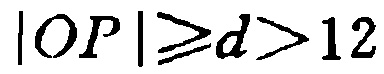
\(|OP|\geq d>12\)